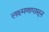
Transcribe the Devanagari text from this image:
लक्ष्मणापासून